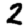
Digit: 2